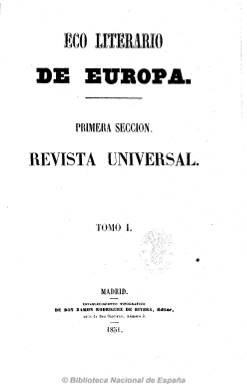
Título: Eco literario de Europa
Otros títulos: Revista universal
Colección: Literatura
Ámbito geográfico: Madrid
Lugar de publicación: Madrid
Fechas: 01/01/1851-31/12/1852

Revista en la que su editor e impresor, Ramón Rodríguez de Rivera, da a conocer el movimiento literario, científico, artístico y social de Europa, según las obras y ensayos más notables de sus autores, artistas, poetas, etc., y en concreto, tiene como objetivo ofrecer a los españoles el movimiento general del espíritu europeo y sus progresos.

Contiene extensos artículos y ensayos, y extractos y traducciones de obras de historia universal y de España, historia y crítica literaria y teatral, economía política, filosofía y religión, geografía y viajes, política, sociología y derecho, gramática, comercio y navegación, ciencias y adelantos técnicos, etc.

Entre tales estudios aparecen los viajes a oriente, de M. de Lamartine, y de descripción física del mundo, de A. Humboldt, y otros sobre España, como los referidos al carácter del feudalismo hispano, de Alberto Lista; sobre los judíos españoles, de José Amador de los Ríos;  los de crítica literaria, de Modesto Lafuente, y los de Juan Donoso Cortés sobre el catolicismo, el liberalismo y el socialismo. Resalta también la traducción de Un comentario a la orilla del mar, de Charles Dickens. También incluye algunos discursos de ingreso, y los de contestación, de nuevos miembros de las reales academias, así como alguna necrología y algún grabado (mapa).

Según el plan de la revista, esta estaría dividida en tres secciones. La primera, como “revista universal”; la segunda, como “biblioteca contemporánea”, y, la tercera, como “boletín bibliográfico”.

Se difundió, a partir de junio de 1851, en entregas semanales (domingos) de 48 páginas, más cuatro de cubiertas. La colección está integrada por tres tomos de la primera sección. El primero, correspondiente al segundo semestre de 1851, y los dos restantes, a los dos semestres de 1852; de 622, 598 y 526 páginas, respectivamente, y cada uno con un índice de materias al final.